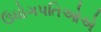
ઉધોગપતિઓએ